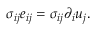
\sigma _ { i j } e _ { i j } = \sigma _ { i j } \partial _ { i } u _ { j } .